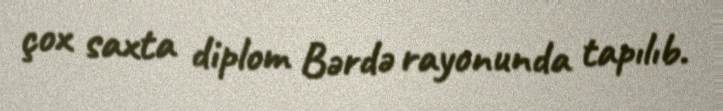
çox saxta diplom Bərdə rayonunda tapılıb.